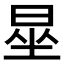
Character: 𪰦